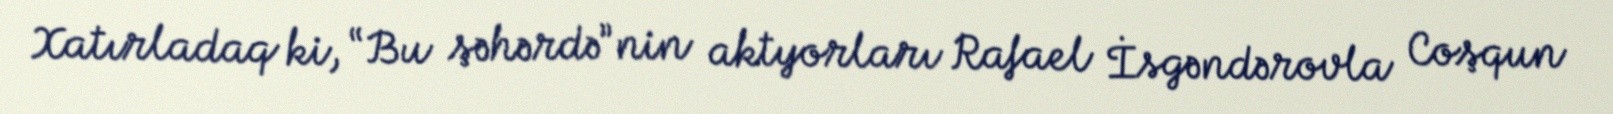
Xatırladaq ki, “Bu şəhərdə”nin aktyorları Rafael İsgəndərovla Coşqun